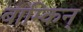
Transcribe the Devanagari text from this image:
बाम्किन्